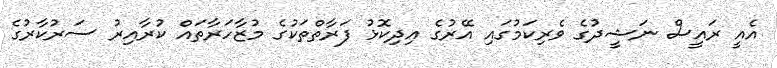
އެއީ ރައީސް ނަޝީދުގެ ވެރިކަމުގައި އޭރުގެ އިދިކޮޅު ފަރާތްތަކުގެ މުޒާހަރާތައް ކުރާއިރު ސަރުކާރުގެ